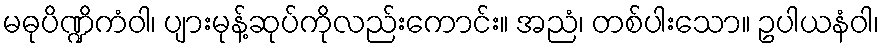
မဓုပိဏ္ဍိကံဝါ၊ ပျားမုန့်ဆုပ်ကိုလည်းကောင်း။ အညံ၊ တစ်ပါးသော။ ဥပါယနံဝါ၊